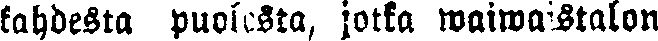
kahdesta puolasta, jotta waiwaistalon